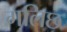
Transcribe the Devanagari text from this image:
गलिछ